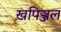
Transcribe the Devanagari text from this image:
ख़पिञ्जल